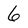
Character: 6